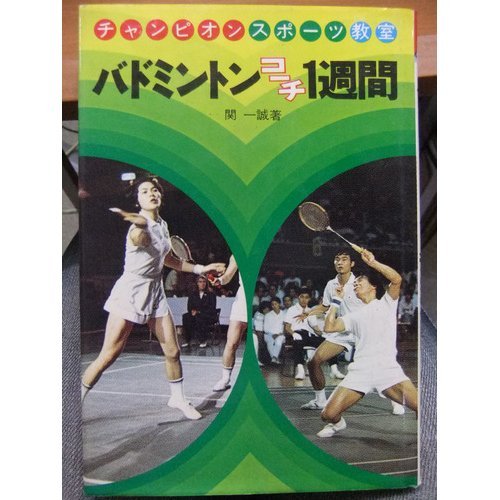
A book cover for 1 week badminton coach (Champion sports classes (8)) (1905) ISBN: 4036240803 [Japanese Import]; Sports & Outdoors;